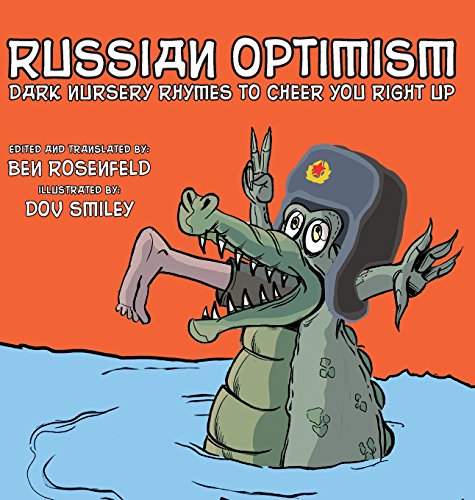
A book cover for Russian Optimism: Dark Nursery Rhymes To Cheer You Right Up; Literature & Fiction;